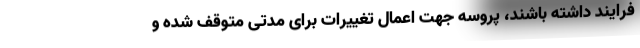
فرایند داشته باشند، پروسه جهت اعمال تغییرات برای مدتی متوقف شده و